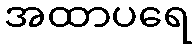
အထာပရေ